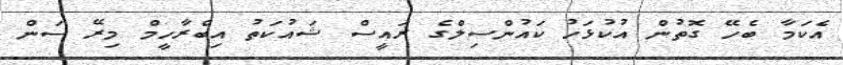
އެކަމާ ބެހޭ ގޮތުން އުކުޅަހު ކައުންސިލްގެ ރައީސް ޝައުކަތު އިބްރާހީމް މިރޭ ސަން